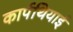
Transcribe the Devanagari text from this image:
कार्पथियाई